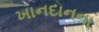
ખાનદાનના